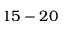
1 5 - 2 0